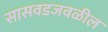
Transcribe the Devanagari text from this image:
सासवडजवळील